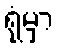
ရုံမှာ